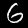
Digit: 6